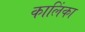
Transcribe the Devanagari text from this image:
कालिंका